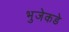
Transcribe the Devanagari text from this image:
भुजेकडे